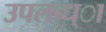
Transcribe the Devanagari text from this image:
उपलब्ध्ा